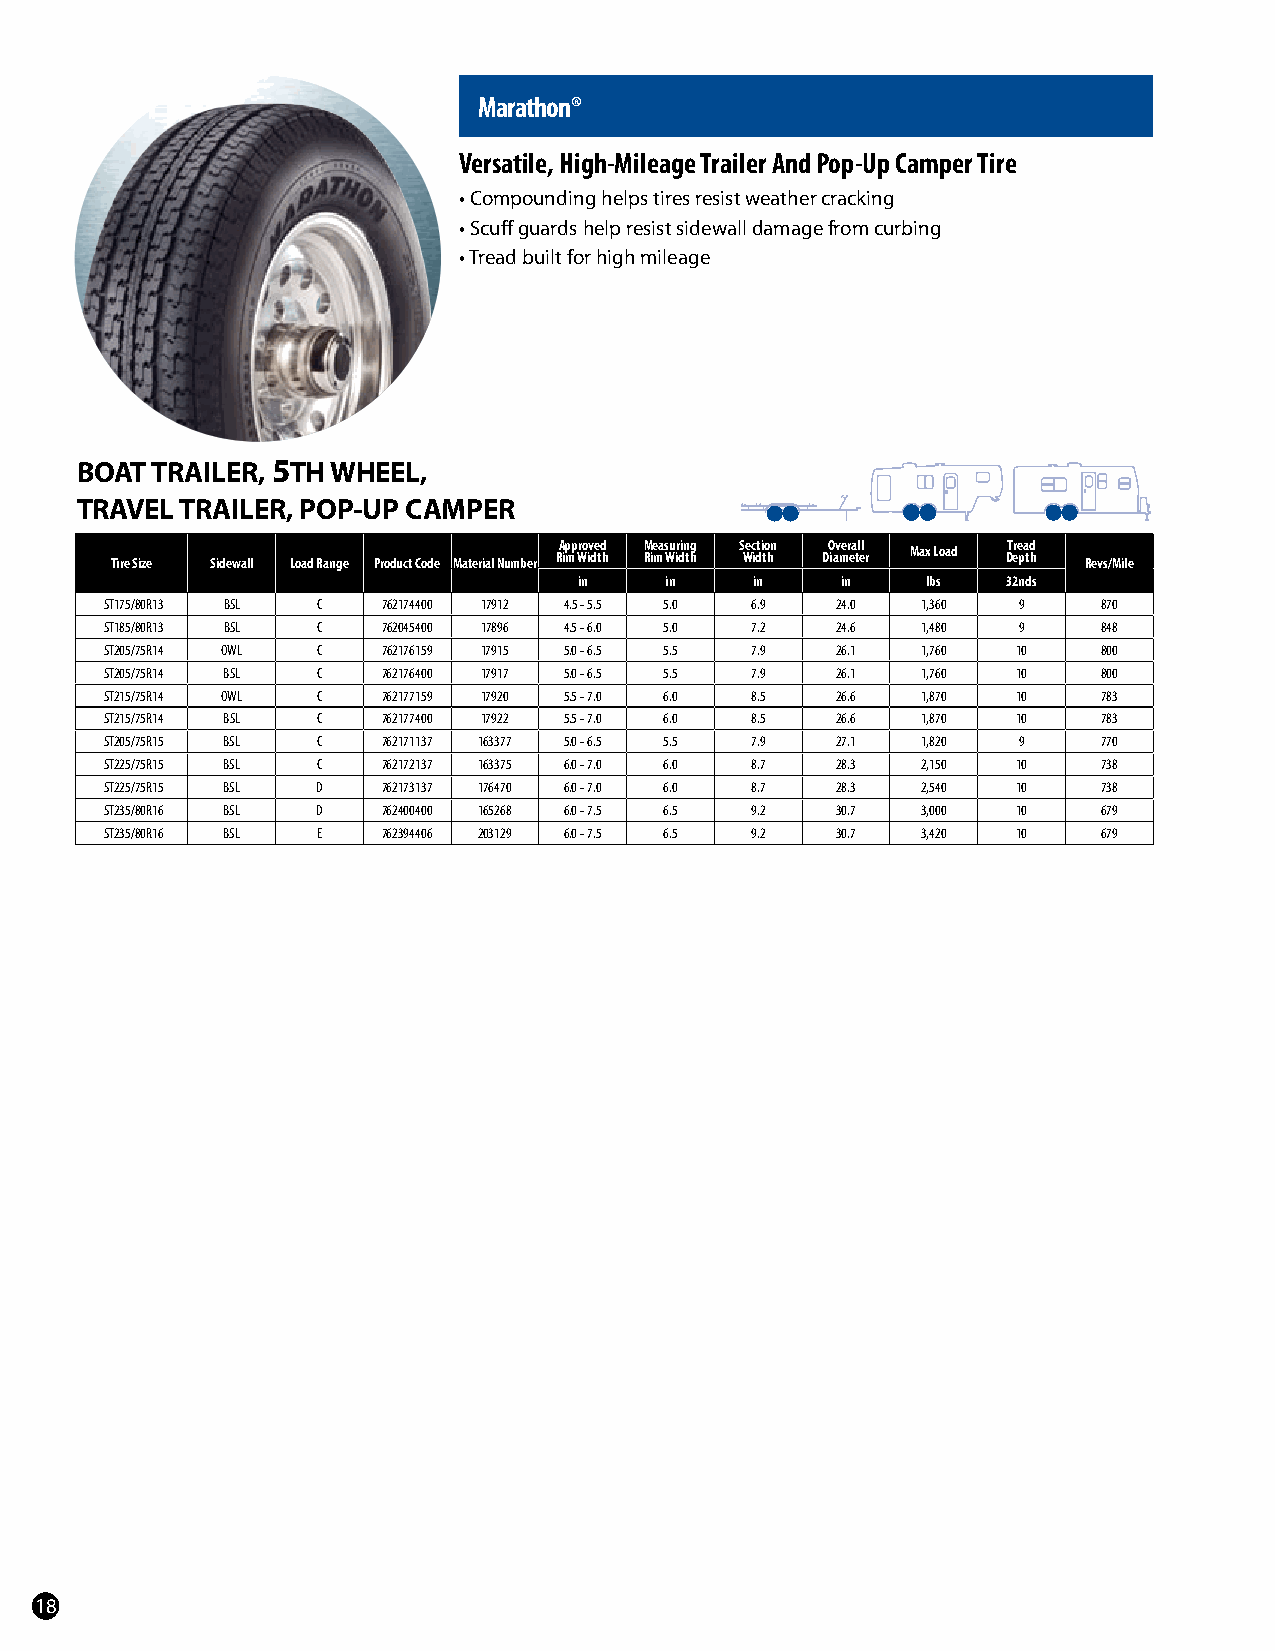
Marathon®
 Versatile, High-Mileage Trailer And Pop-Up Camper Tire
 • Compounding helps tires resist weather cracking
 • Scuff guards help resist sidewall damage from curbing
 • Tread built for high mileage
 bOAT TRAILER, 5TH wHEEL,
 TRAVEL TRAILER, POP-UP CAmPER
 Tire Size Sidewall Load Range Product Code Material Number RA ip mp r Wo iv de td h M Rie ma s Wu ir din thg S Wec idti to hn DO iav mer ea tl el r Max Load DTr ee pa td h Revs/Mile
 in    in    in    in   lbs   32nds
 ST175/80R13 BSL C 762174400 17912 4.5 - 5.5 5.0 6.9 24.0 1,360 9  870
 ST185/80R13 BSL C 762045400 17896 4.5 - 6.0 5.0 7.2 24.6 1,480 9  848
 ST205/75R14 OWL C 762176159 17915 5.0 - 6.5 5.5 7.9 26.1 1,760 10 800
 ST205/75R14 BSL C 762176400 17917 5.0 - 6.5 5.5 7.9 26.1 1,760 10 800
 ST215/75R14 OWL C 762177159 17920 5.5 - 7.0 6.0 8.5 26.6 1,870 10 783
 ST215/75R14 BSL C 762177400 17922 5.5 - 7.0 6.0 8.5 26.6 1,870 10 783
 ST205/75R15 BSL C 762171137 163377 5.0 - 6.5 5.5 7.9 27.1 1,820 9 770
 ST225/75R15 BSL C 762172137 163375 6.0 - 7.0 6.0 8.7 28.3 2,150 10 738
 ST225/75R15 BSL D 762173137 176470 6.0 - 7.0 6.0 8.7 28.3 2,540 10 738
 ST235/80R16 BSL D 762400400 165268 6.0 - 7.5 6.5 9.2 30.7 3,000 10 679
 ST235/80R16 BSL E 762394406 203129 6.0 - 7.5 6.5 9.2 30.7 3,420 10 679
 18